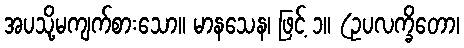
အပသို့မကျက်စားသော။ မာနသေန၊ ဖြင့် ၁။ (ဥပလက္ခိတော၊